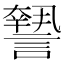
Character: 𧬓